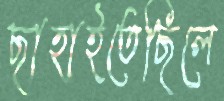
ছাহাইতেছিলে